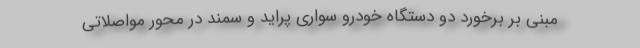
مبنی بر برخورد دو دستگاه خودرو سواری پراید و سمند در محور مواصلاتی